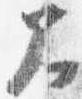
大